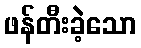
ဖန်တီးခဲ့သော